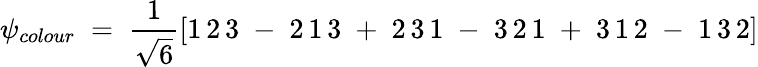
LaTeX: \psi_{colour}\; =\; \frac{1}{\sqrt{6}}\left[1\, 2\, 3\; -\; 2\, 1\, 3\; +\; 2\, 3\, 1\; -\; 3\, 2\, 1\; +\; 3\, 1\, 2\; -\; 1\, 3\, 2\right]